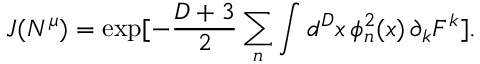
J ( N ^ { \mu } ) = \exp [ - \frac { D + 3 } { 2 } \sum _ { n } \int d ^ { D } x \, \phi _ { n } ^ { 2 } ( x ) \, \partial _ { k } F ^ { k } ] .